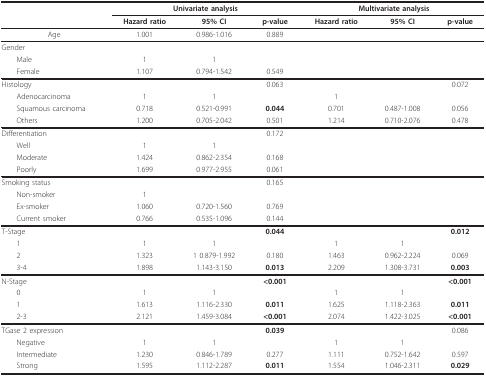
<table><thead><tr><td></td><td colspan="3"><b>Univariate analysis</b></td><td colspan="3"><b>Multivariate analysis</b></td></tr><tr><td></td><td><b>Hazard ratio</b></td><td><b>95% CI</b></td><td><b>p-value</b></td><td><b>Hazard ratio</b></td><td><b>95% CI</b></td><td><b>p-value</b></td></tr></thead><tbody><tr><td>Age</td><td>1.001</td><td>0.986-1.016</td><td>0.889</td><td></td><td></td><td></td></tr><tr><td>Gender</td><td></td><td></td><td></td><td></td><td></td><td></td></tr><tr><td> Male</td><td>1</td><td>1</td><td></td><td></td><td></td><td></td></tr><tr><td> Female</td><td>1.107</td><td>0.794-1.542</td><td>0.549</td><td></td><td></td><td></td></tr><tr><td>Histology</td><td></td><td></td><td>0.063</td><td></td><td></td><td>0.072</td></tr><tr><td> Adenocarcinoma</td><td>1</td><td>1</td><td></td><td>1</td><td></td><td></td></tr><tr><td> Squamous carcinoma</td><td>0.718</td><td>0.521-0.991</td><td><b>0.044</b></td><td>0.701</td><td>0.487-1.008</td><td>0.056</td></tr><tr><td> Others</td><td>1.200</td><td>0.705-2.042</td><td>0.501</td><td>1.214</td><td>0.710-2.076</td><td>0.478</td></tr><tr><td>Differentiation</td><td></td><td></td><td>0.172</td><td></td><td></td><td></td></tr><tr><td> Well</td><td>1</td><td>1</td><td></td><td></td><td></td><td></td></tr><tr><td> Moderate</td><td>1.424</td><td>0.862-2.354</td><td>0.168</td><td></td><td></td><td></td></tr><tr><td> Poorly</td><td>1.699</td><td>0.977-2.955</td><td>0.061</td><td></td><td></td><td></td></tr><tr><td>Smoking status</td><td></td><td></td><td>0.165</td><td></td><td></td><td></td></tr><tr><td> Non-smoker</td><td>1</td><td></td><td></td><td></td><td></td><td></td></tr><tr><td> Ex-smoker</td><td>1.060</td><td>0.720-1.560</td><td>0.769</td><td></td><td></td><td></td></tr><tr><td> Current smoker</td><td>0.766</td><td>0.535-1.096</td><td>0.144</td><td></td><td></td><td></td></tr><tr><td>T-Stage</td><td></td><td></td><td><b>0.044</b></td><td></td><td></td><td><b>0.012</b></td></tr><tr><td> 1</td><td>1</td><td>1</td><td></td><td>1</td><td>1</td><td></td></tr><tr><td> 2</td><td>1.323</td><td>1 0.879-1.992</td><td>0.180</td><td>1.463</td><td>0.962-2.224</td><td>0.069</td></tr><tr><td> 3-4</td><td>1.898</td><td>1.143-3.150</td><td><b>0.013</b></td><td>2.209</td><td>1.308-3.731</td><td><b>0.003</b></td></tr><tr><td>N-Stage</td><td></td><td></td><td><b>&lt;0.001</b></td><td></td><td></td><td><b>&lt;0.001</b></td></tr><tr><td> 0</td><td>1</td><td>1</td><td></td><td>1</td><td>1</td><td></td></tr><tr><td> 1</td><td>1.613</td><td>1.116-2.330</td><td><b>0.011</b></td><td>1.625</td><td>1.118-2.363</td><td><b>0.011</b></td></tr><tr><td> 2-3</td><td>2.121</td><td>1.459-3.084</td><td><b>&lt;0.001</b></td><td>2.074</td><td>1.422-3.025</td><td><b>&lt;0.001</b></td></tr><tr><td>TGase 2 expression</td><td></td><td></td><td><b>0.039</b></td><td></td><td></td><td>0.086</td></tr><tr><td> Negative</td><td>1</td><td>1</td><td></td><td>1</td><td>1</td><td></td></tr><tr><td> Intermediate</td><td>1.230</td><td>0.846-1.789</td><td>0.277</td><td>1.111</td><td>0.752-1.642</td><td>0.597</td></tr><tr><td> Strong</td><td>1.595</td><td>1.112-2.287</td><td><b>0.011</b></td><td>1.554</td><td>1.046-2.311</td><td><b>0.029</b></td></tr></tbody></table>